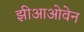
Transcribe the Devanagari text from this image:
झीआओवेन